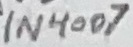
Text: 1N4007